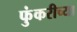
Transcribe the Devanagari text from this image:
फुंकरीच्या